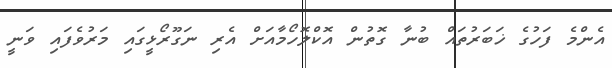
އެންމެ ފަހުގެ ޚަބަރުތައް ބުނާ ގޮތުން އޮކްލޮހޯމާއަށް އެރި ނަގޫރޯޅީގައި މަރުވެފައި ވަނީ